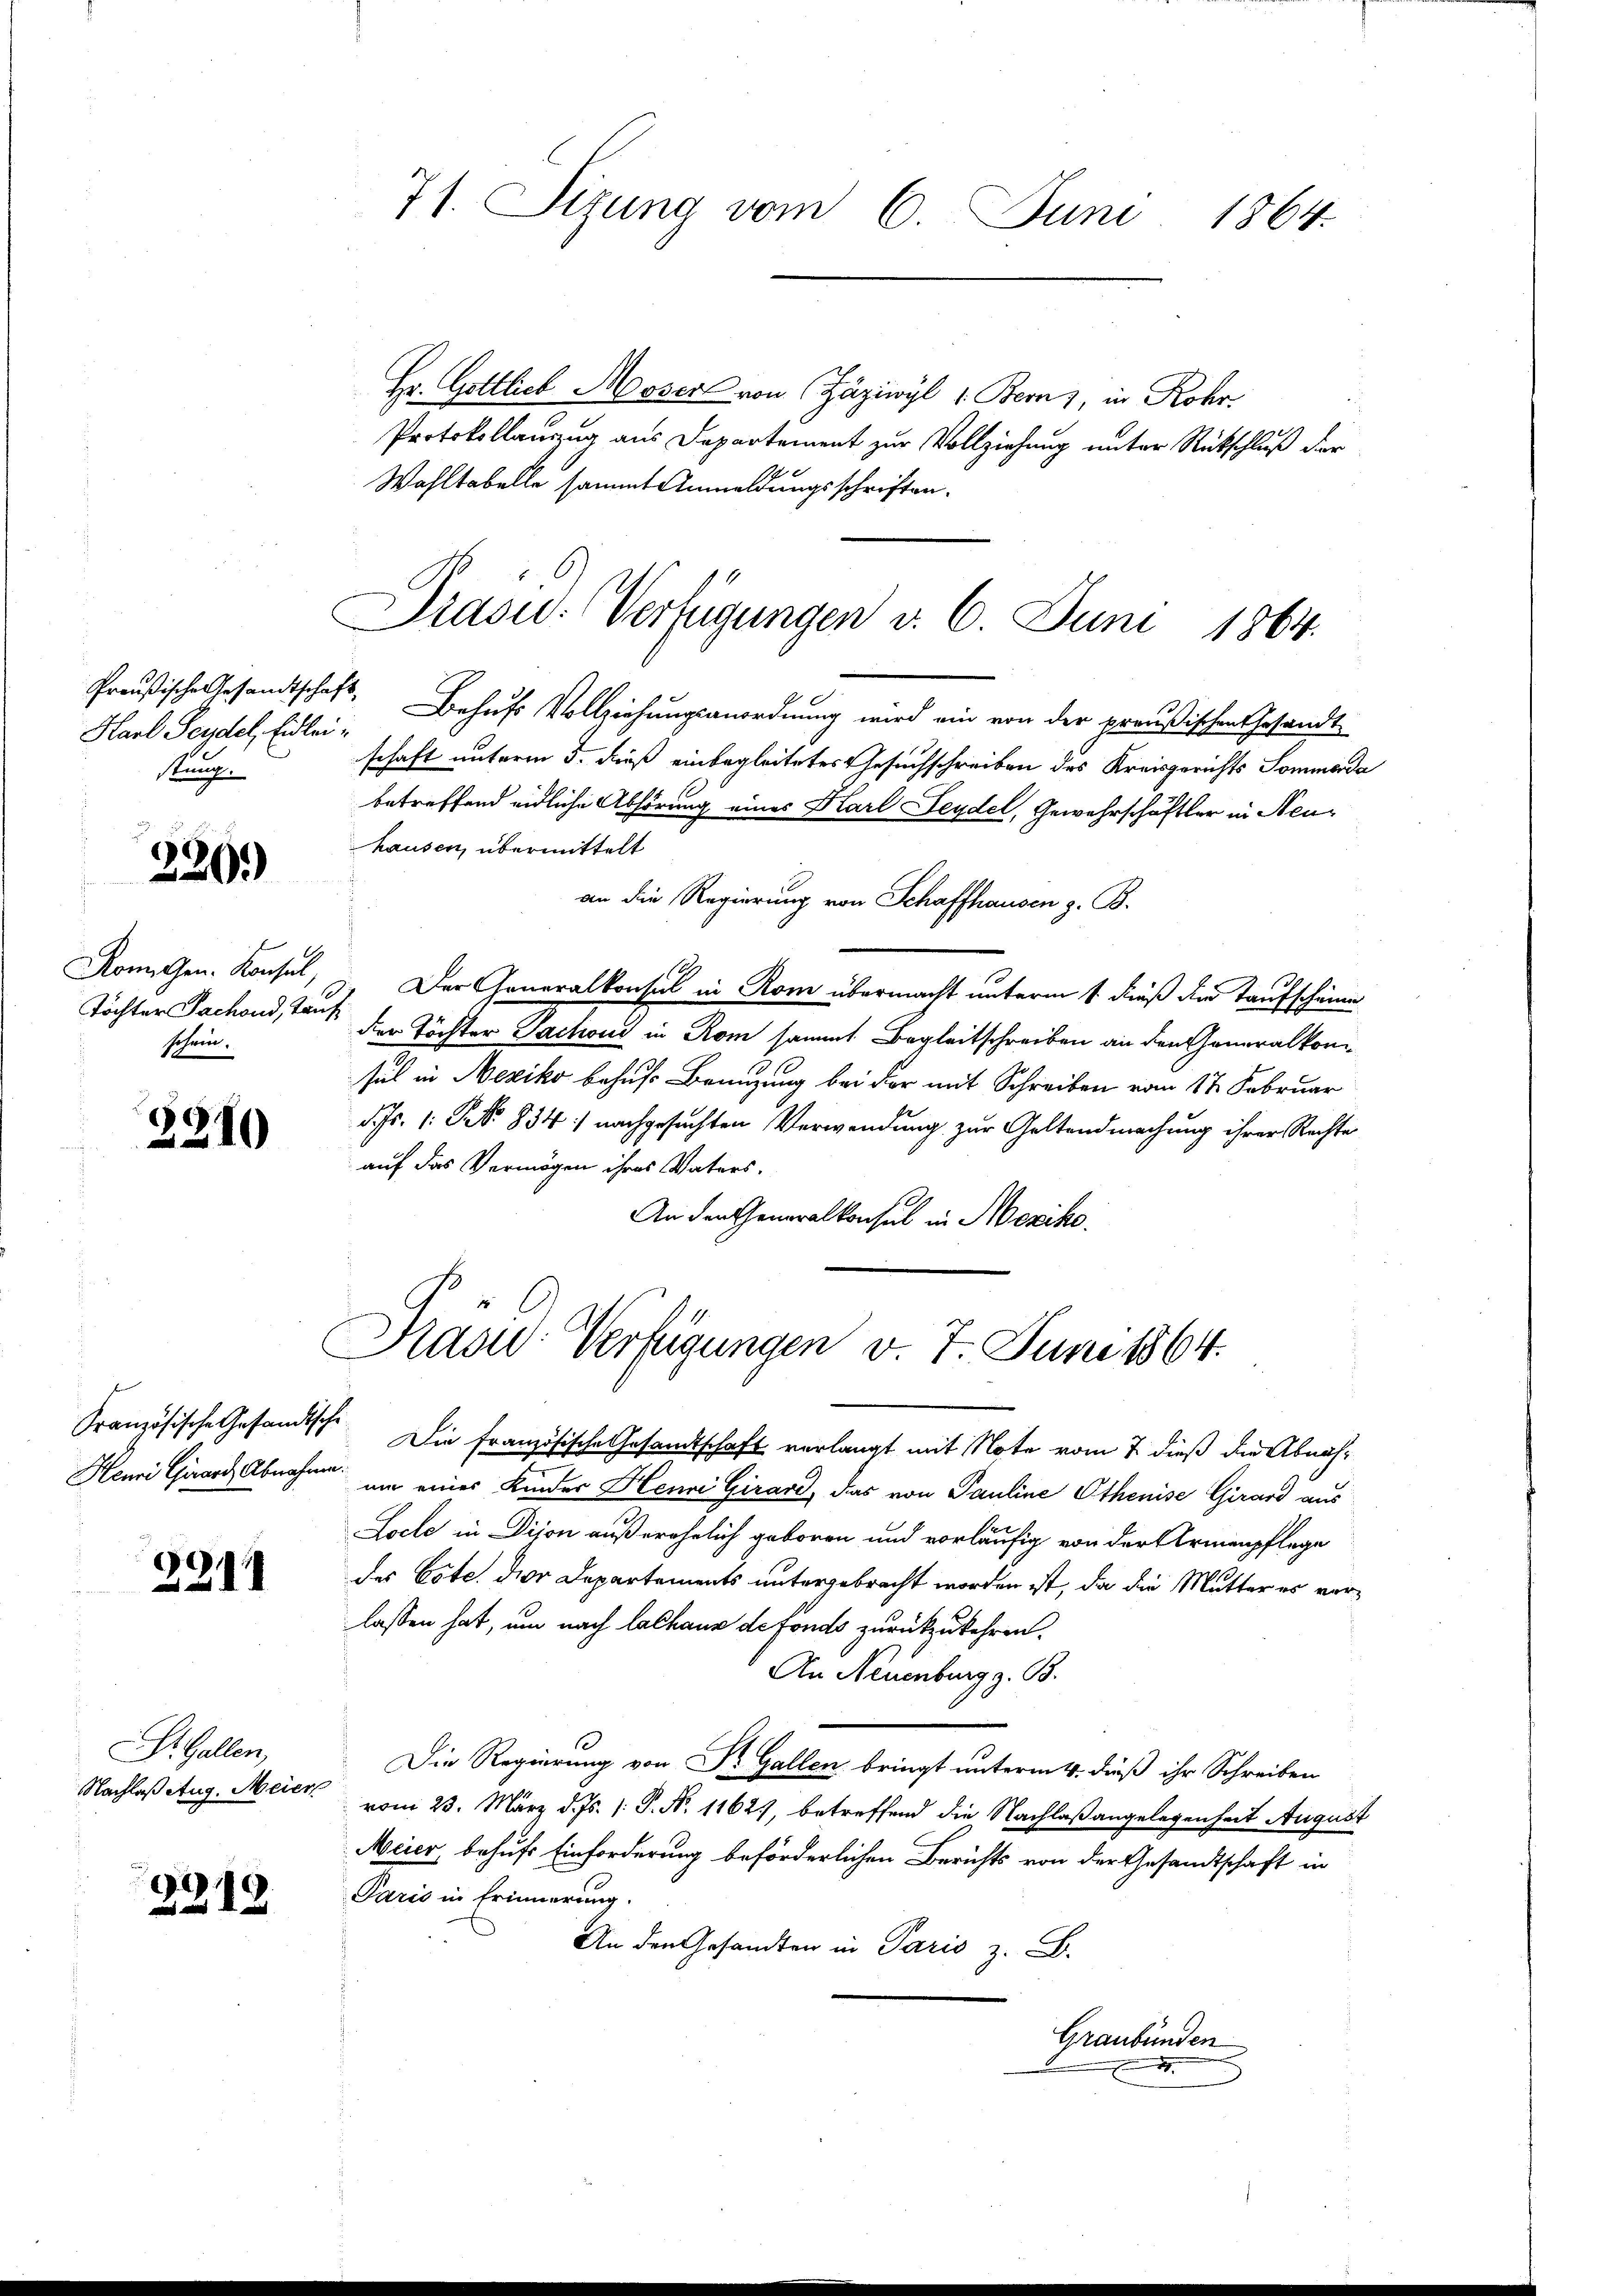
Harl Seydel, Eidleistung.

220)

Johren.

3210

Französische Gesandtsche
Henri Girard Abnahme.

2911

St. Gallen,

9219.

Hr. Gottlich Moser von Zäziwyl 1. Bern, in Rohr.
Protokollanzug aus Departement zur Vollziehung unter Rückschluß der
Wohltabelle sammt Anmeldungsschriften.

71. Sizung vom 6. Juni 1864.

Präsid.: Verfügungen v. 6. Juni 1864.

Preußische Gesandtschaft. Behufs Vollziehungsanordnung wird ein von der preußischen Gesandt
schaft unterm 5. dieß einbegleitetes Gesuchschreiben des Kreisgerichts Sommerda
betreffend eidliche Abhörung eines Karl Leydel, Gewahrschäftler in Neuhausen, übermittelt
Romigen. Konsul, 3. Der Generalkonsul in Rom übermacht unterm 1. dieß die Taufscheine
Töchter Sachend, tank der Töchter Sachen in Rom sammt Begleitschreiben an den Generalkon
sel in Mexiko behufs Benuzung bei der mit Schreiben vom 17. Februar
d. Js. 1. No. 834) nachgesuchten Verwendung zur Geltendmachung ihrer Rechte
auf das Vermögen ihres Vaters.
An den Generalkonsul in Mexiko
Die französische Gesandtschaft verlangt mit Note vom 7. dieß die Abnahum eines Kinder Henri Girard, das von Pauline Ethenise Girard aus
Loele in Dijon außerehelich geboren und vorläufig von der Armenpflege
des Cote. der Departements untergebracht worden ist, da die Mutter es verlassen hat, um nach Calkane de fonds zurückzukehren.
An Neuenburg z. B.
Die Regierung von Dr. Gallen bringt unterm 4. dieß ihr Schreiben
Nachlaß Aug. Meier vom 23. März d. Js. (: P. Nr. 1162), betreffend die Nachlaßangelegenheit August
Meier behufs Einforderung beförderlichen Berichts von der Gesandtschaft in
Paris in Erinnerung.
An den Gesandten in Paris z. B.
Graubünden
.

an die Regierung von Schaffhausen z. B.

Präsid. Verfügungen v. 7. Juni 1864.